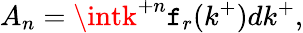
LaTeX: A_{n}=\intk^{+n}\mathtt{f}_{r}(k^{+})dk^{+},